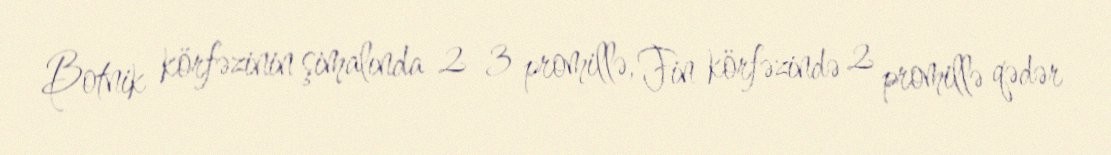
Botnik körfəzinin şimalında 2–3 promillə, Fin körfəzində 2 promillə qədər